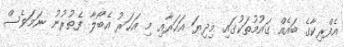
އެފްރިކާގެ ބައެއް ގައުމުތަކުގައި މިދިޔަ އަހަރާއި މި އަހަރު އެބޯލާ ފެތުރުނު ނަމަވެސް